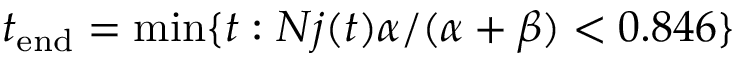
t _ { \mathrm { e n d } } = \mathrm { m i n } \{ t : N j ( t ) \alpha / ( \alpha + \beta ) < 0 . 8 4 6 \}